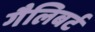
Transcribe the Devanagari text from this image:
गैलिबर्ट